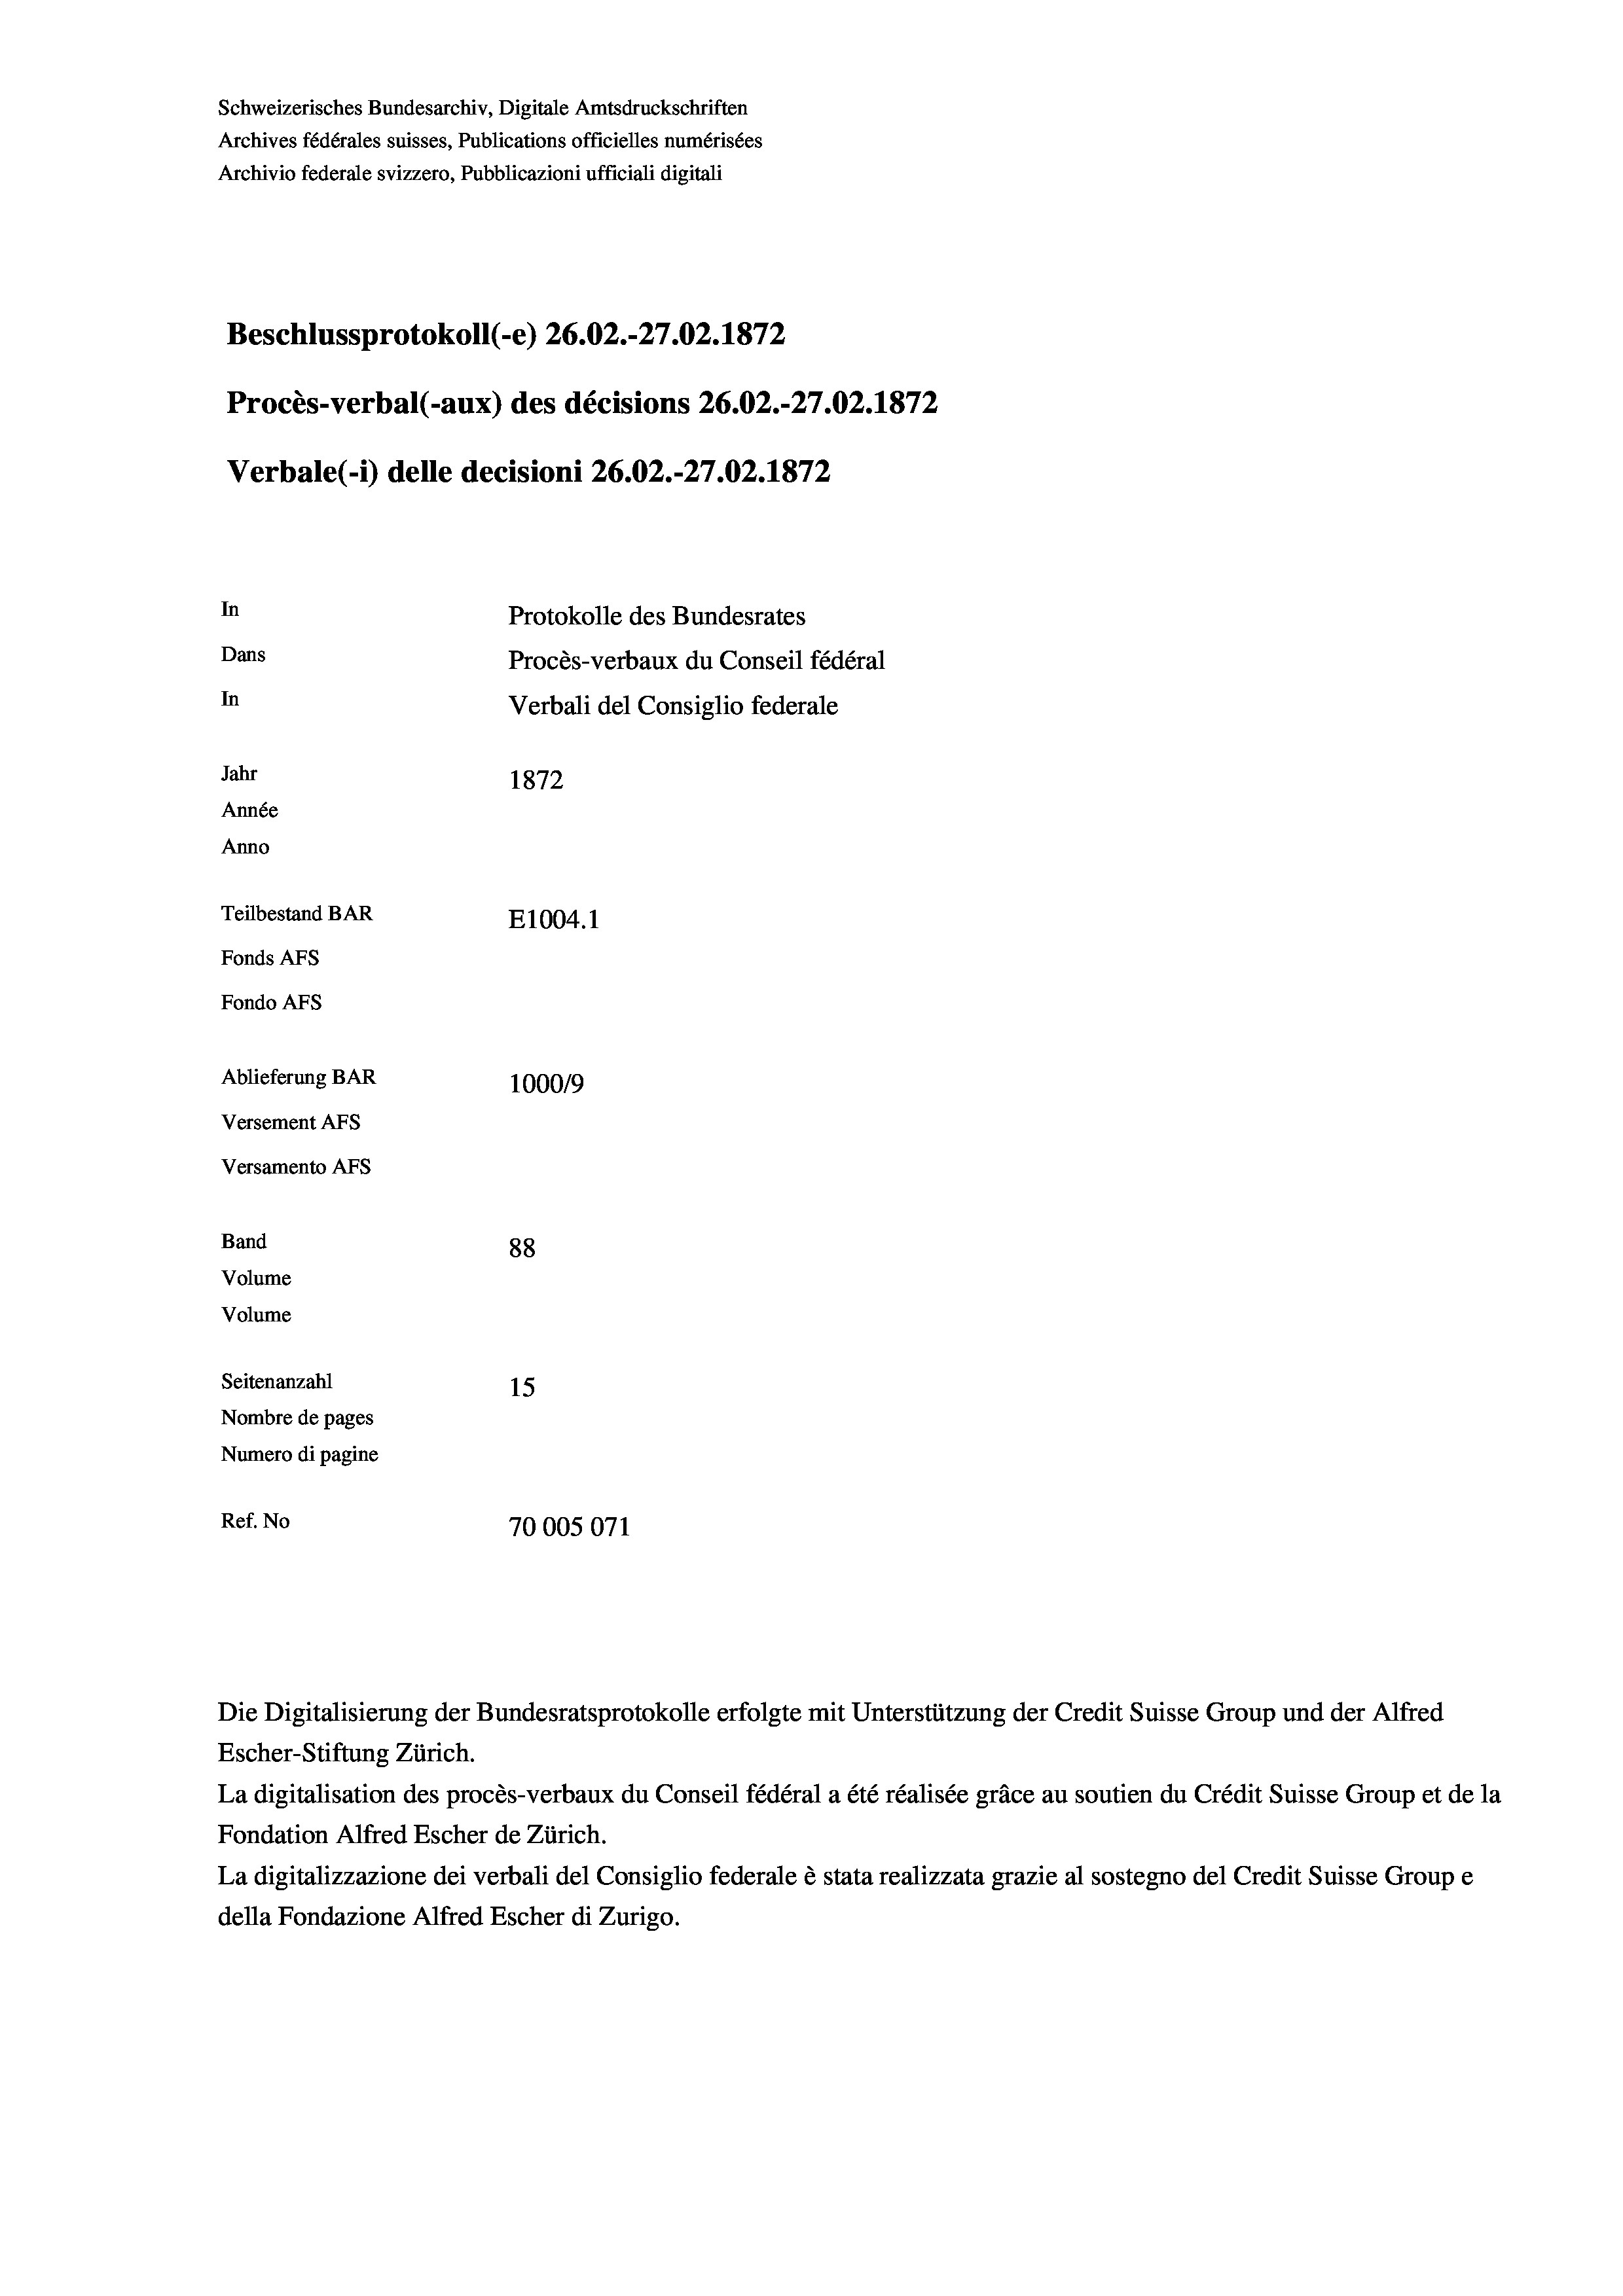
Schweizerisches Bundesarchiv, Digitale Amtsdruckschriften
Archives fédérales suisses, Publications officielles numérisées
Archivio federale svizzero, Pubblicazioni ufficiali digitali
Beschlussprotokoll (-e) 26.02.-27.02. 1872
Procès-verbal (-aux) des décisions 26.02.-27.02. 1872
Verbale (i) delle decisioni 26.02.-27.02. 1872
In
Protokolle des Bundesrates
Dans
Procès-verbaux du Conseil fédéral
In
Verbali del Consiglio federale
Jahr
1872
Année
Anno
Teilbestand BAR
E1004. 1
Fonds AFs
Fondo AFS
Ablieferung BAR
1000/9
Versement AFs
Versamento AFs
Band
88
Volume
Volume
Seitenanzahl
15
Nombre de pages
Numero di pagine
Ref. No
70005071

Escher-Stiftung Zürich.
La digitalisation des procès-verbaux du Conseil fédéral a été réalisée gräce au soutien du Crédit Suisse Group et de la
Fondation Alfred Escher de Zürich.
La digitalizzazione dei verbali del Consiglio federale è stata realizzata grazie al sostegno del Credit Suisse Groupe
della Fondazione Alfred Escher di Zurigo.

Die Digitalisierung der Bundesratsprotokolle erfolgte mit Unterstützung der Credit Suisse Group und der Alfred